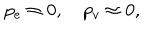
p _ { e } \approx 0 , \quad p _ { v } \approx 0 ,